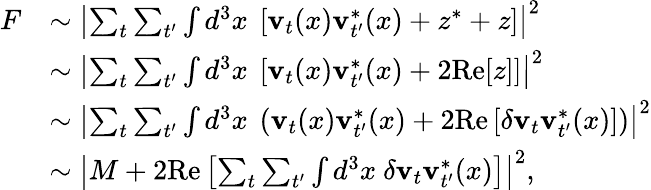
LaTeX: \begin{array}{rl}{F}&{\sim\left|\sum_{t}\sum_{t^{\prime}}\int d^{3}x\ \left[\textbf{v}_{t}(x)\textbf{v}_{t^{\prime}}^{*}(x)+z^{*}+z\right]\right|^{2}}\\ &{\sim\left|\sum_{t}\sum_{t^{\prime}}\int d^{3}x\ \left[\textbf{v}_{t}(x)\textbf{v}_{t^{\prime}}^{*}(x)+2\mathrm{Re}[z]\right]\right|^{2}}\\ &{\sim\left|\sum_{t}\sum_{t^{\prime}}\int d^{3}x\ \left(\textbf{v}_{t}(x)\textbf{v}_{t^{\prime}}^{*}(x)+2\mathrm{Re}\left[\delta\textbf{v}_{t}\textbf{v}_{t^{\prime}}^{*}(x)\right]\right)\right|^{2}}\\ &{\sim\left|M+2\mathrm{Re}\left[\sum_{t}\sum_{t^{\prime}}\int d^{3}x\ \delta\textbf{v}_{t}\textbf{v}_{t^{\prime}}^{*}(x)\right]\right|^{2},}\end{array}